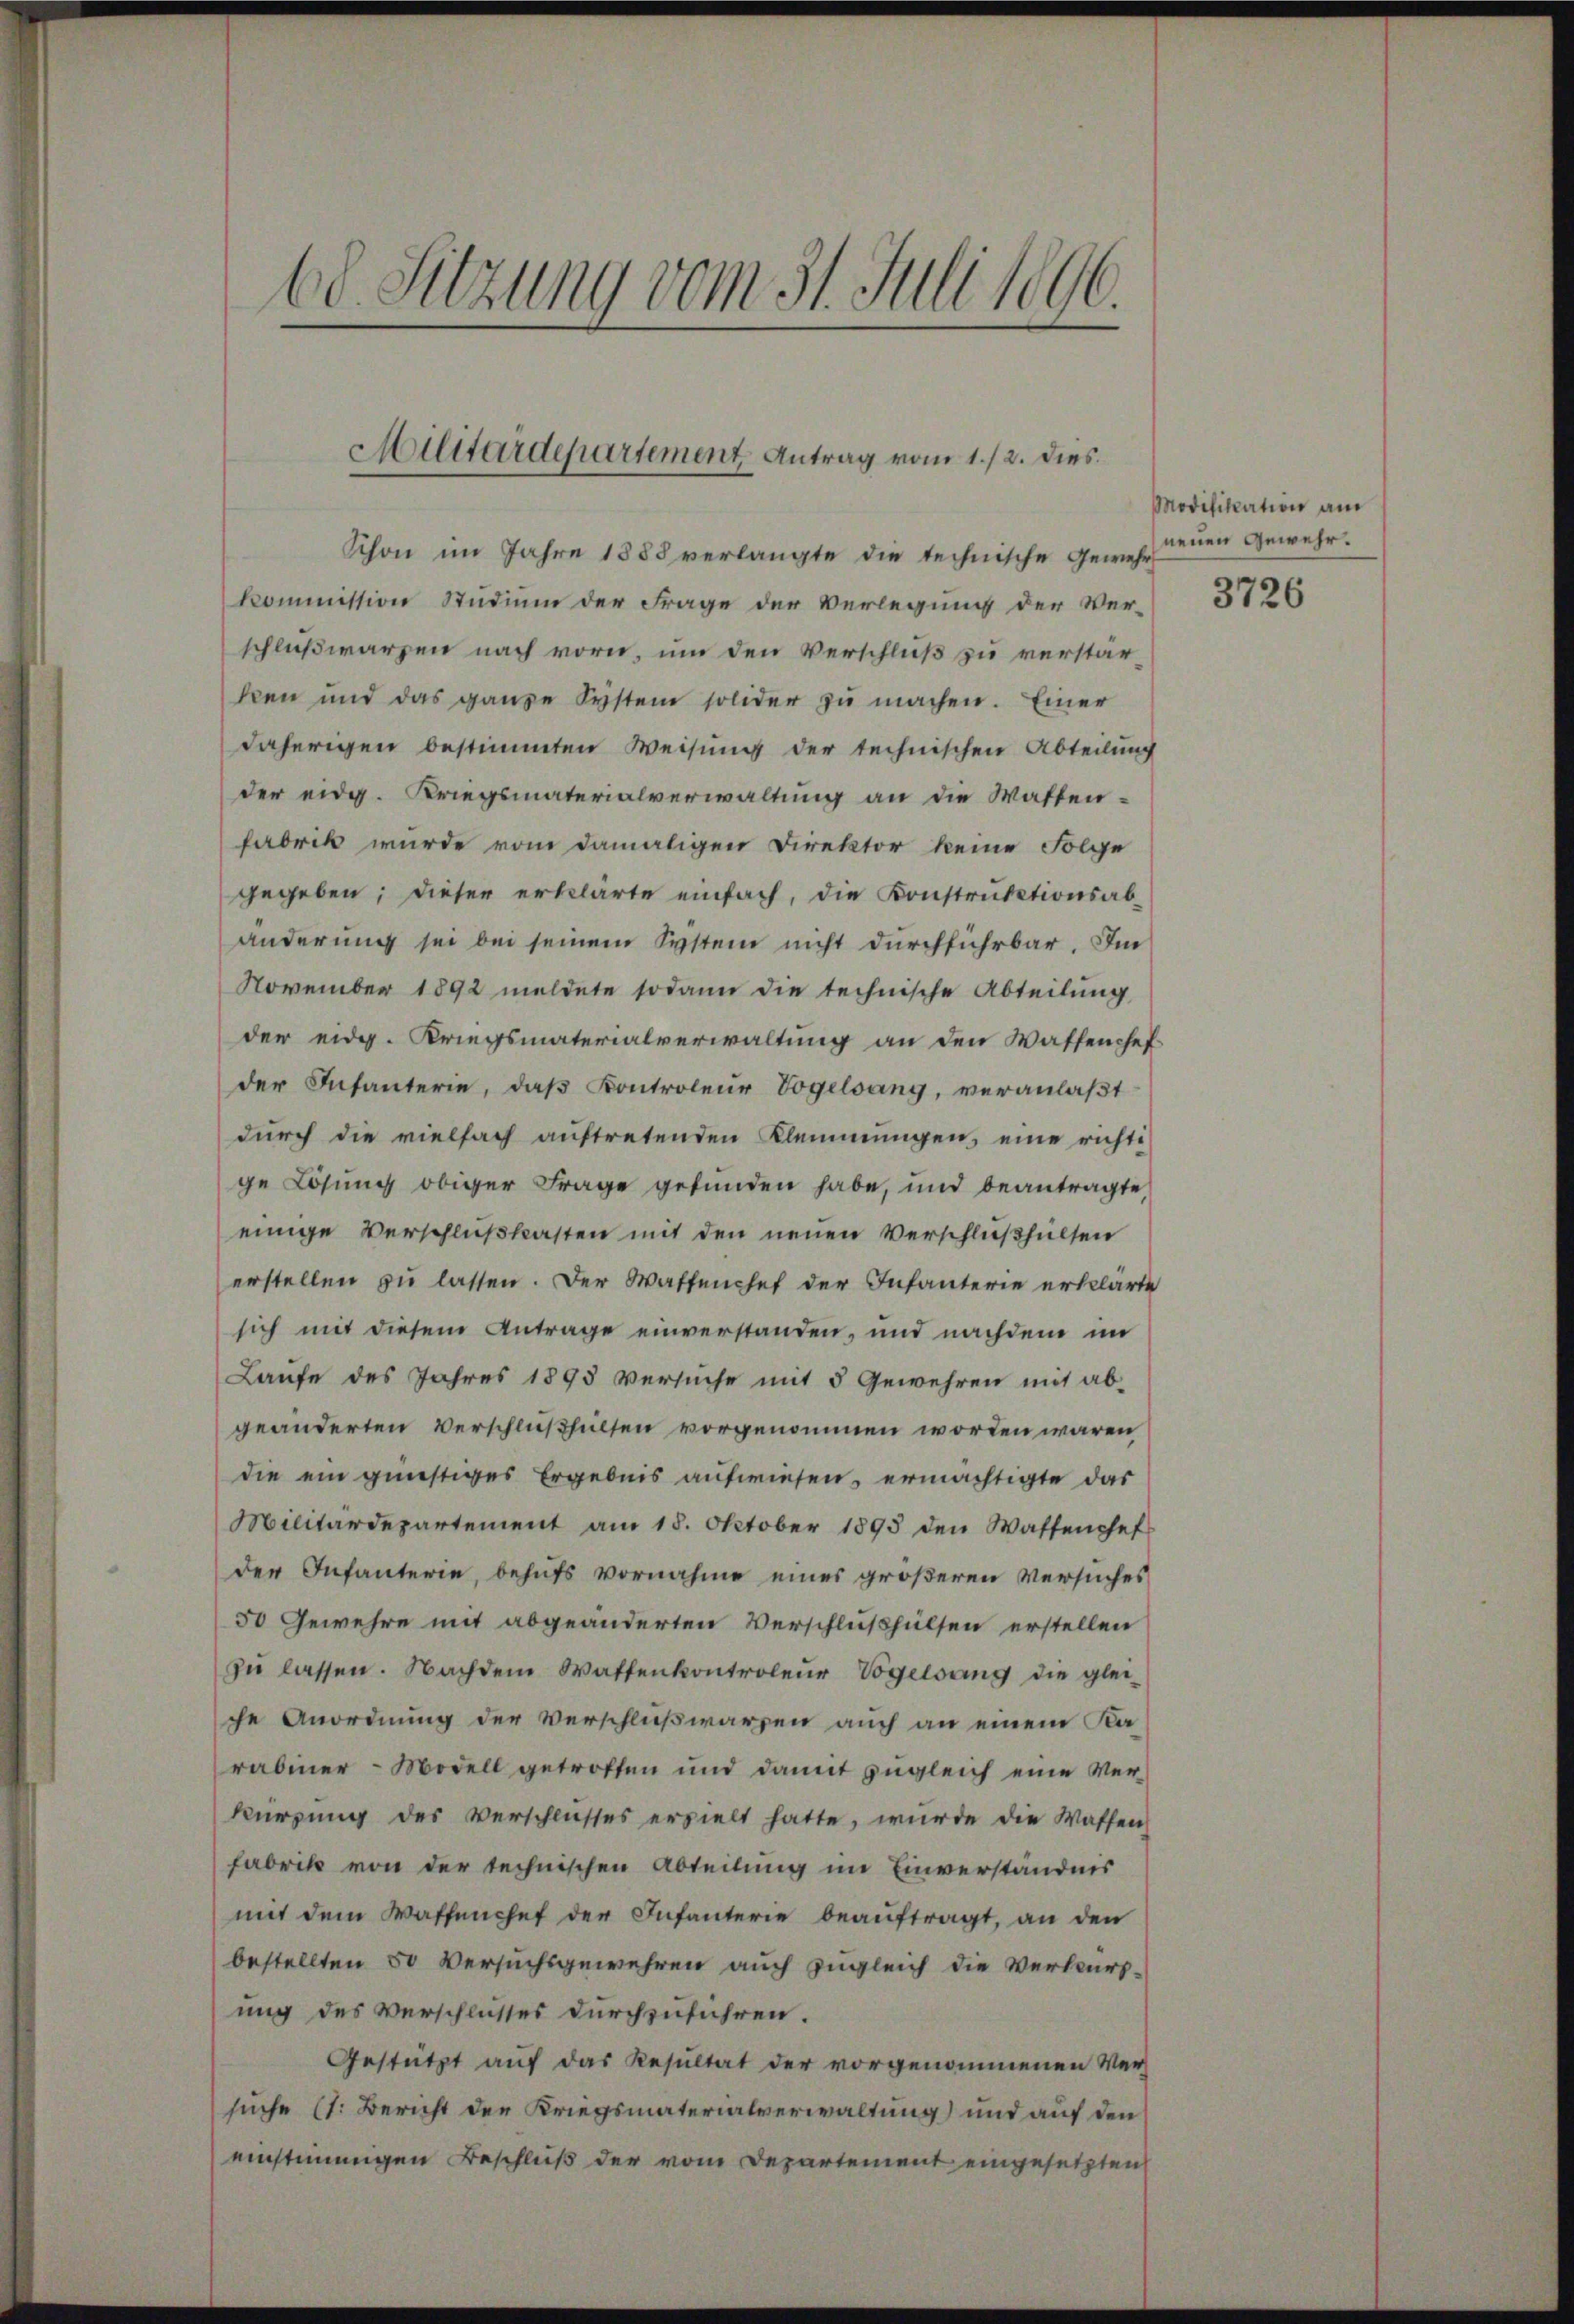
68. Sitzung vom 31. Juli 1896.

Schon im Jahre 1888 verlangte die technische Gewehr
kommission Studium der Frage der Verlegung der Verschlußwarzen nach vorn, um den Verschluß zu verstarken und das ganze System solider zŭ machen. Einer
daherigen bestimmten Weisung der technischen Abteilung
der eidg. Kriegsmaterialverwaltung an die Wastenfabrik wurde vom damaligen Direktor keine Folge
gegeben; dieser erklärte einfach, die Konstruktionsab-
änderung sei bei seinem System nicht durchführbar. Im
November 1892 meldete sodann die technische Abteilung
der eidg. Kriegsmaterialverwaltung an den Wassenhef
der Infanterie, daβ Kontroleur Vogelsang, veranlaβt
durch die vielfach auftretenden Klemmungen, eine richti
ge Lösung obiger Frage gefunden habe, und beantragte,
einige Verschlußkasten mit den neuen Verschlußhülten
erstellen zu lassen. Der Waffenchef der Infanterie erklärte
sich mit diesem Antrage einverstanden, und nachdem im
Laufe des Jahres 1895 versuche mit 5 Gewehren mit ab-
geänderten Verschlußhülten vorgenommen worden wären
die ein günstiges Ergebnis aufwiesen, ermächtigte das
Militärdepartement am 18. Oktober 1893 den Waffenchef
der Infanterie, behufs vornahme eines größeren Versuches
50 Gewehre mit abgeänderten Verschlußhülsen erstellen
zŭ lassen. Nachdem Wattenkontroleur Vogelsang die glei-
che Anordnung der Verschlußwarzen auch an einem Karabiner Modell getroffen und damit zugleich eine Ver-
kürzung des Verschlŭsses erzielt hatte, wurde die Waffen
Fabrik von der technischen Abteilung im Einverständnis
mit dem Waffenchef der Infanterie beaŭftragt, an den
bestellten 50 Versuchsgewehren auch zugleich die Verkurs-
ung des Verschlusses durchzuführen.
Gestützt auf das Resultat der vorgenommenen Ver-
suche (1: Bericht der Kriegsmaterialverwaltung) und auf den
einstimmigen Beschluß der vom Departement eingesetzten

Militärdepartement Antrag vom 1./2. dies

Modifikation am
neuen Gewehr.

3726